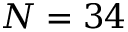
N = 3 4